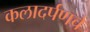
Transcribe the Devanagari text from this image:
कलादर्पणचे